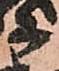
等